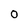
Character: 0